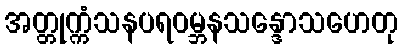
အတ္တုက္ကံသနပရဝမ္ဘနသန္ဒောသဟေတု